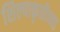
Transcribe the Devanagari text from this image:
शिल्पाकृतीच्या